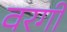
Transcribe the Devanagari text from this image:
वरगी